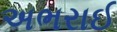
અભરાઈ